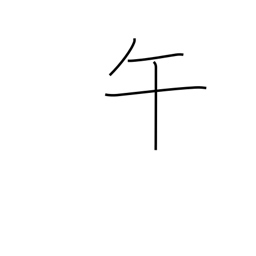
Meaning: 11AM-1PM